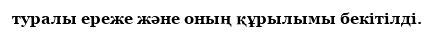
туралы ереже және оның құрылымы бекітілді.